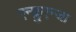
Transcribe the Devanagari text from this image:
एन्फ्लुएन्जा